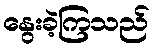
နွေးခဲ့ကြသည်